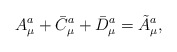
\begin{align*}A^a_{\mu} + \bar{C}^a_{\mu} + \bar{D}^a_{\mu} = \tilde{A}^a_{\mu},\end{align*}